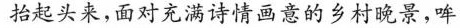
抬起头来，面对充满诗情画意的乡村晚景，哞